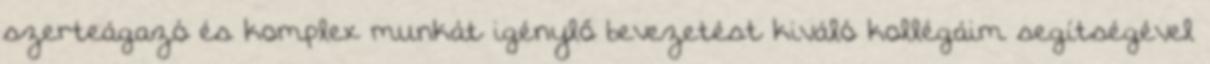
szerteágazó és komplex munkát igénylő bevezetést kiváló kollégáim segítségével